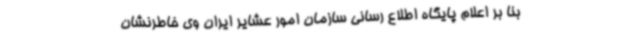
بنا بر اعلام پایگاه اطلاع رسانی سازمان امور عشایر ایران وی خاطرنشان